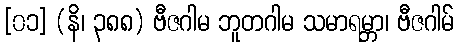
[၀၁] (နိ၊ ၃၈၈) ဗီဇဂါမ ဘူတဂါမ သမာရမ္ဘာ၊ ဗီဇဂါမ်